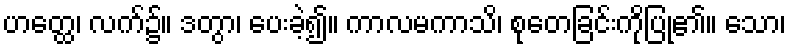
ဟတ္ထေ၊ လက်၌။ ဒတွာ၊ ပေးခဲ့၍။ ကာလမကာသိ၊ စုတေခြင်းကိုပြု၏။ သော၊